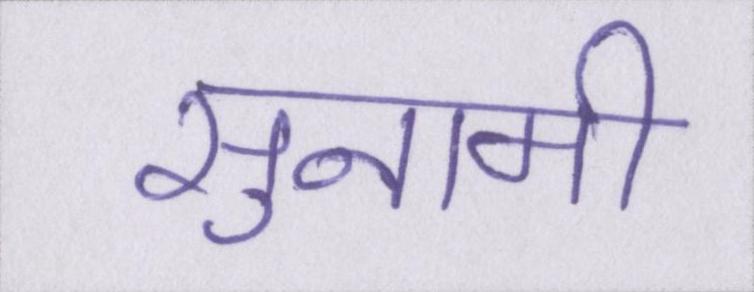
सुनामी